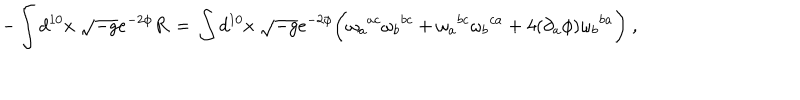
- \int d ^ { 1 0 } x \ \sqrt { - g } e ^ { - 2 \phi } R \, = \, \int d ^ { 1 0 } x \ \sqrt { - g } e ^ { - 2 \phi } \biggl ( \omega _ { a } { } ^ { a c } \omega _ { b } { } ^ { b c } + \omega _ { a } { } ^ { b c } \omega _ { b } { } ^ { c a } + 4 ( \partial _ { a } \phi ) \omega _ { b } { } ^ { b a } \biggr ) \ ,